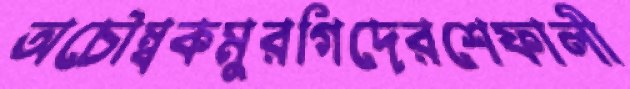
অচৌম্বকমুরগিদেরশেফালী